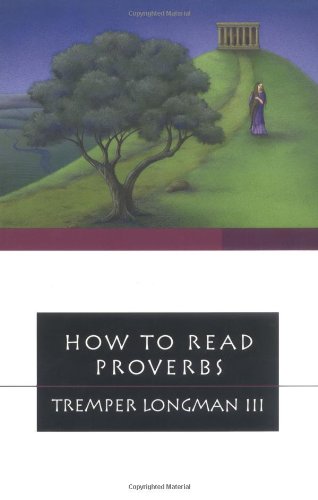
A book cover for How to Read Proverbs (How to Read Series How to Read); Tremper Longman III; Christian Books & Bibles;